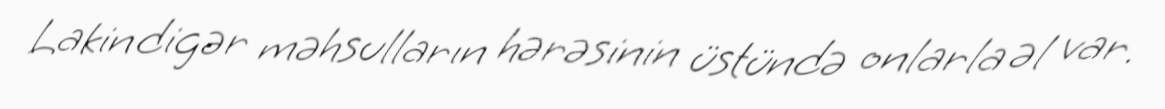
Lakin digər məhsulların hərəsinin üstündə onlarla əl var.